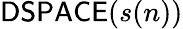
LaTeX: {\mathsf{DSPACE}}(s(n))